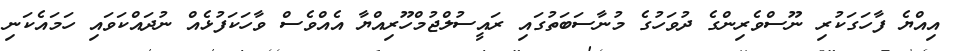
އިއްޔެ ފާހަގަކުރި ނޫސްވެރިންގެ ދުވަހުގެ މުނާސަބަތުގައި ރައީސުލްޖުމްހޫރިއްޔާ އެއްވެސް ވާހަކަފުޅެއް ނުދައްކަވައި ހަމައެކަނި